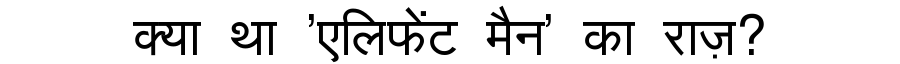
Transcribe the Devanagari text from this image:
क्या था 'एलिफेंट मैन' का राज़?